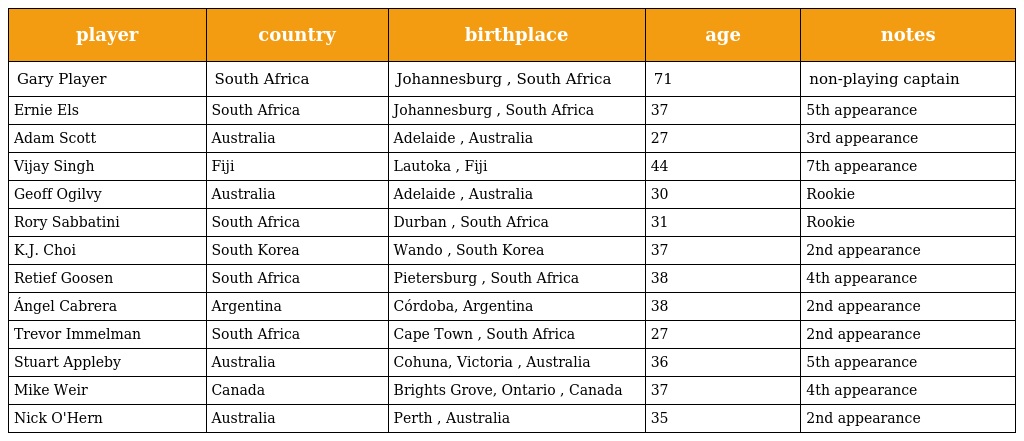
| player | country | birthplace | age | notes |
 | --- | --- | --- | --- | --- |
 | Gary Player | South Africa | Johannesburg , South Africa | 71 | non-playing captain |
 | Ernie Els | South Africa | Johannesburg , South Africa | 37 | 5th appearance |
 | Adam Scott | Australia | Adelaide , Australia | 27 | 3rd appearance |
 | Vijay Singh | Fiji | Lautoka , Fiji | 44 | 7th appearance |
 | Geoff Ogilvy | Australia | Adelaide , Australia | 30 | Rookie |
 | Rory Sabbatini | South Africa | Durban , South Africa | 31 | Rookie |
 | K.J. Choi | South Korea | Wando , South Korea | 37 | 2nd appearance |
 | Retief Goosen | South Africa | Pietersburg , South Africa | 38 | 4th appearance |
 | Ángel Cabrera | Argentina | Córdoba, Argentina | 38 | 2nd appearance |
 | Trevor Immelman | South Africa | Cape Town , South Africa | 27 | 2nd appearance |
 | Stuart Appleby | Australia | Cohuna, Victoria , Australia | 36 | 5th appearance |
 | Mike Weir | Canada | Brights Grove, Ontario , Canada | 37 | 4th appearance |
 | Nick O'Hern | Australia | Perth , Australia | 35 | 2nd appearance |